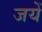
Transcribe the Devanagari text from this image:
जयें